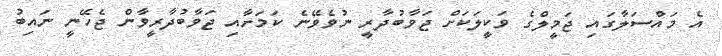
އެ މައްސަލާގައި ޖަމީލްގެ ވަކީލަކަށް ޖަވާބުދާރީ ނުވެވޭނެ ކަމަށާއި ޖަވާބުދާރީވާން ޖެހޭނީ ނައިބު